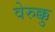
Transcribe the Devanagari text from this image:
वेरुक्कु